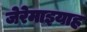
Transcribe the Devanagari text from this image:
जेरेमाइयाह